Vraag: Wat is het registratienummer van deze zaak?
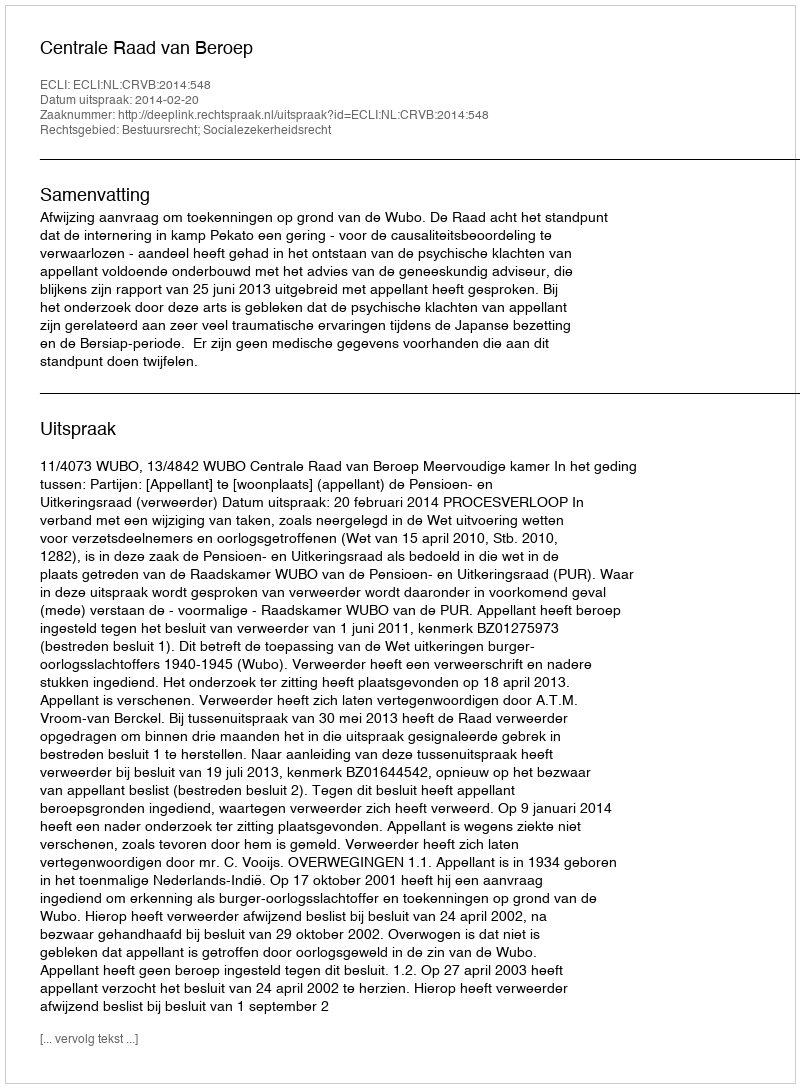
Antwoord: http://deeplink.rechtspraak.nl/uitspraak?id=ECLI:NL:CRVB:2014:548